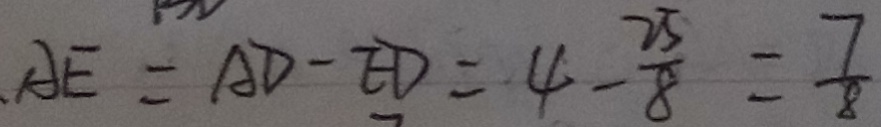
A E = A D - E D = 4 - \frac { 2 5 } { 8 } = \frac { 7 } { 8 }